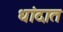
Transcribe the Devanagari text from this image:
धांदात